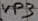
Text: VP3